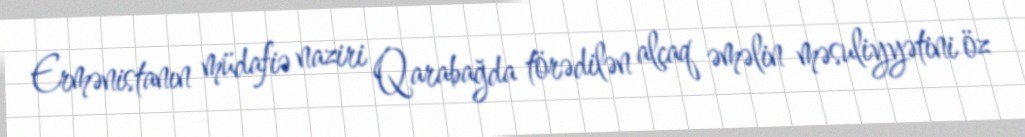
Ermənistanın müdafiə naziri Qarabağda törədilən alçaq əməlin məsuliyyətini öz